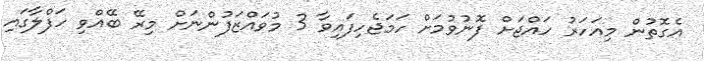
އެގޮޮތުން މިއަހަރު ހައްޖަށް ފޮނުވުމަށް ހަމަޖެހިފައިވާ 3 މުވައްޒަފުންނަށް މިރޭ ބޭއްވި ހަފްލާގައި